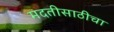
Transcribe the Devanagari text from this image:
मदतीसाठीचा